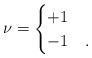
\begin{align*}\nu=\begin{cases}+1 &\\-1 &.\end{cases}\end{align*}